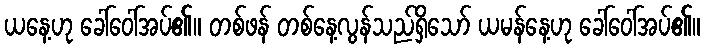
ယနေ့ဟု ခေါ်ဝေါ်အပ်၏။ တစ်ဖန် တစ်နေ့လွန်သည်ရှိသော် ယမန်နေ့ဟု ခေါ်ဝေါ်အပ်၏။